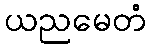
ယညမေတံ